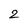
Character: 2